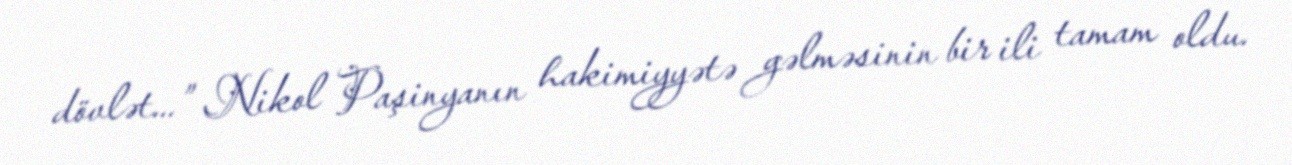
dövlət...” Nikol Paşinyanın hakimiyyətə gəlməsinin bir ili tamam oldu.